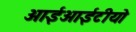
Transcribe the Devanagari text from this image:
आईआईटीयो